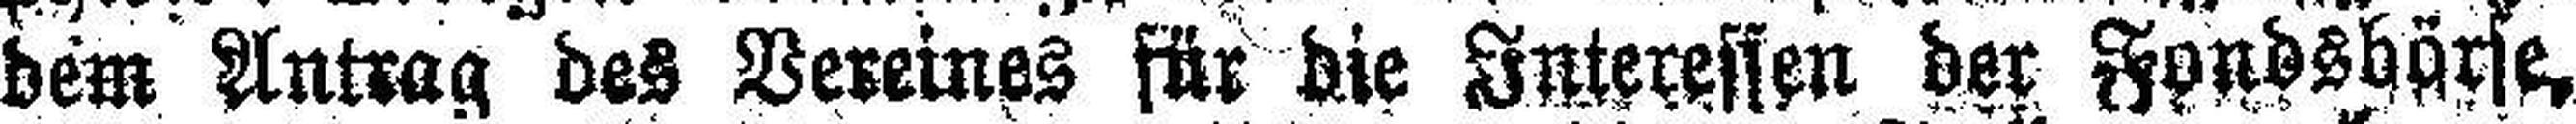
dem Antrag des Vereines für die Interessen der Fondsbörse,